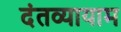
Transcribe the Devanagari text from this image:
दंतव्यायाम